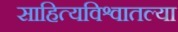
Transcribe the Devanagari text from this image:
साहित्यविश्वातल्या